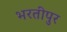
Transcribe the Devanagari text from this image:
भरतीपुर